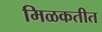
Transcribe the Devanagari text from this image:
मिळकतीत